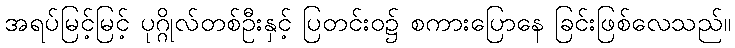
အရပ်မြင့်မြင့် ပုဂ္ဂိုလ်တစ်ဦးနှင့် ပြတင်းဝ၌ စကားပြောနေ ခြင်းဖြစ်လေသည်။